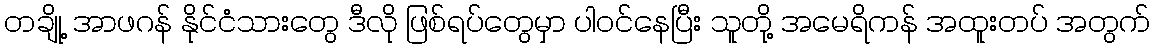
တချို့ အာဖဂန် နိုင်ငံသားတွေ ဒီလို ဖြစ်ရပ်တွေမှာ ပါဝင်နေပြီး သူတို့ အမေရိကန် အထူးတပ် အတွက်